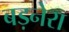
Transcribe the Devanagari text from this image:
बड़नेरा